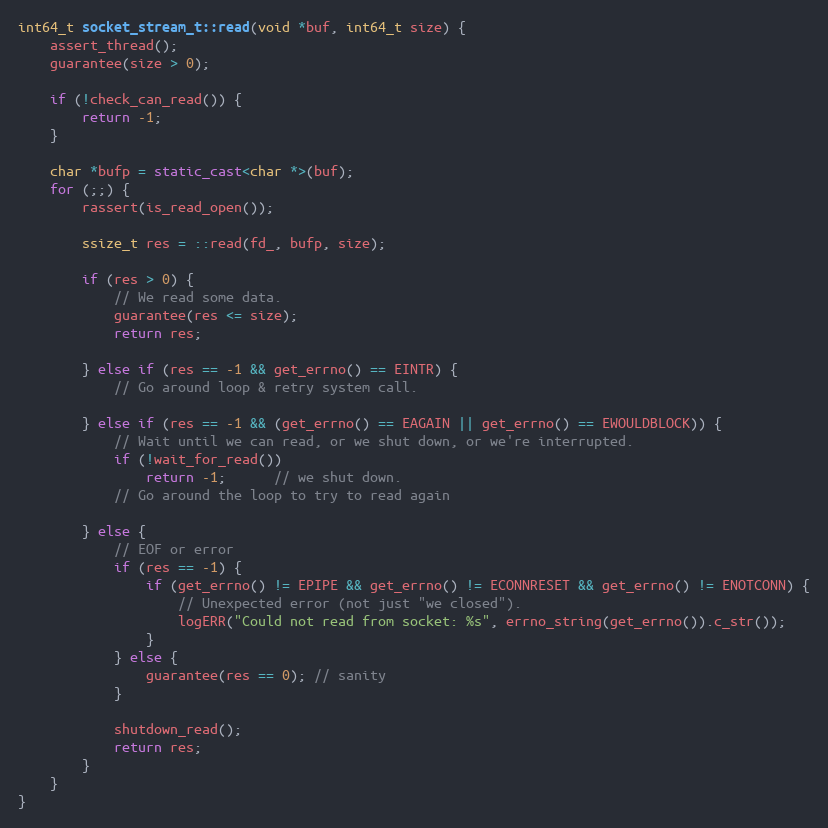
Language: C++
int64_t socket_stream_t::read(void *buf, int64_t size) {
    assert_thread();
    guarantee(size > 0);

    if (!check_can_read()) {
        return -1;
    }

    char *bufp = static_cast<char *>(buf);
    for (;;) {
        rassert(is_read_open());

        ssize_t res = ::read(fd_, bufp, size);

        if (res > 0) {
            // We read some data.
            guarantee(res <= size);
            return res;

        } else if (res == -1 && get_errno() == EINTR) {
            // Go around loop & retry system call.

        } else if (res == -1 && (get_errno() == EAGAIN || get_errno() == EWOULDBLOCK)) {
            // Wait until we can read, or we shut down, or we're interrupted.
            if (!wait_for_read())
                return -1;      // we shut down.
            // Go around the loop to try to read again

        } else {
            // EOF or error
            if (res == -1) {
                if (get_errno() != EPIPE && get_errno() != ECONNRESET && get_errno() != ENOTCONN) {
                    // Unexpected error (not just "we closed").
                    logERR("Could not read from socket: %s", errno_string(get_errno()).c_str());
                }
            } else {
                guarantee(res == 0); // sanity
            }

            shutdown_read();
            return res;
        }
    }
}